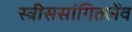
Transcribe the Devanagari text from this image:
स्त्रीससांगितलेंव